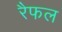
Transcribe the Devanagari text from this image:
रैफल